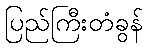
ပြည်ကြီးတံခွန်